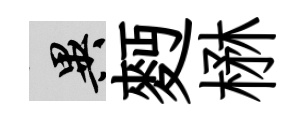
异麪楙